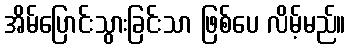
အိမ်ပြောင်းသွားခြင်းသာ ဖြစ်ပေ လိမ့်မည်။